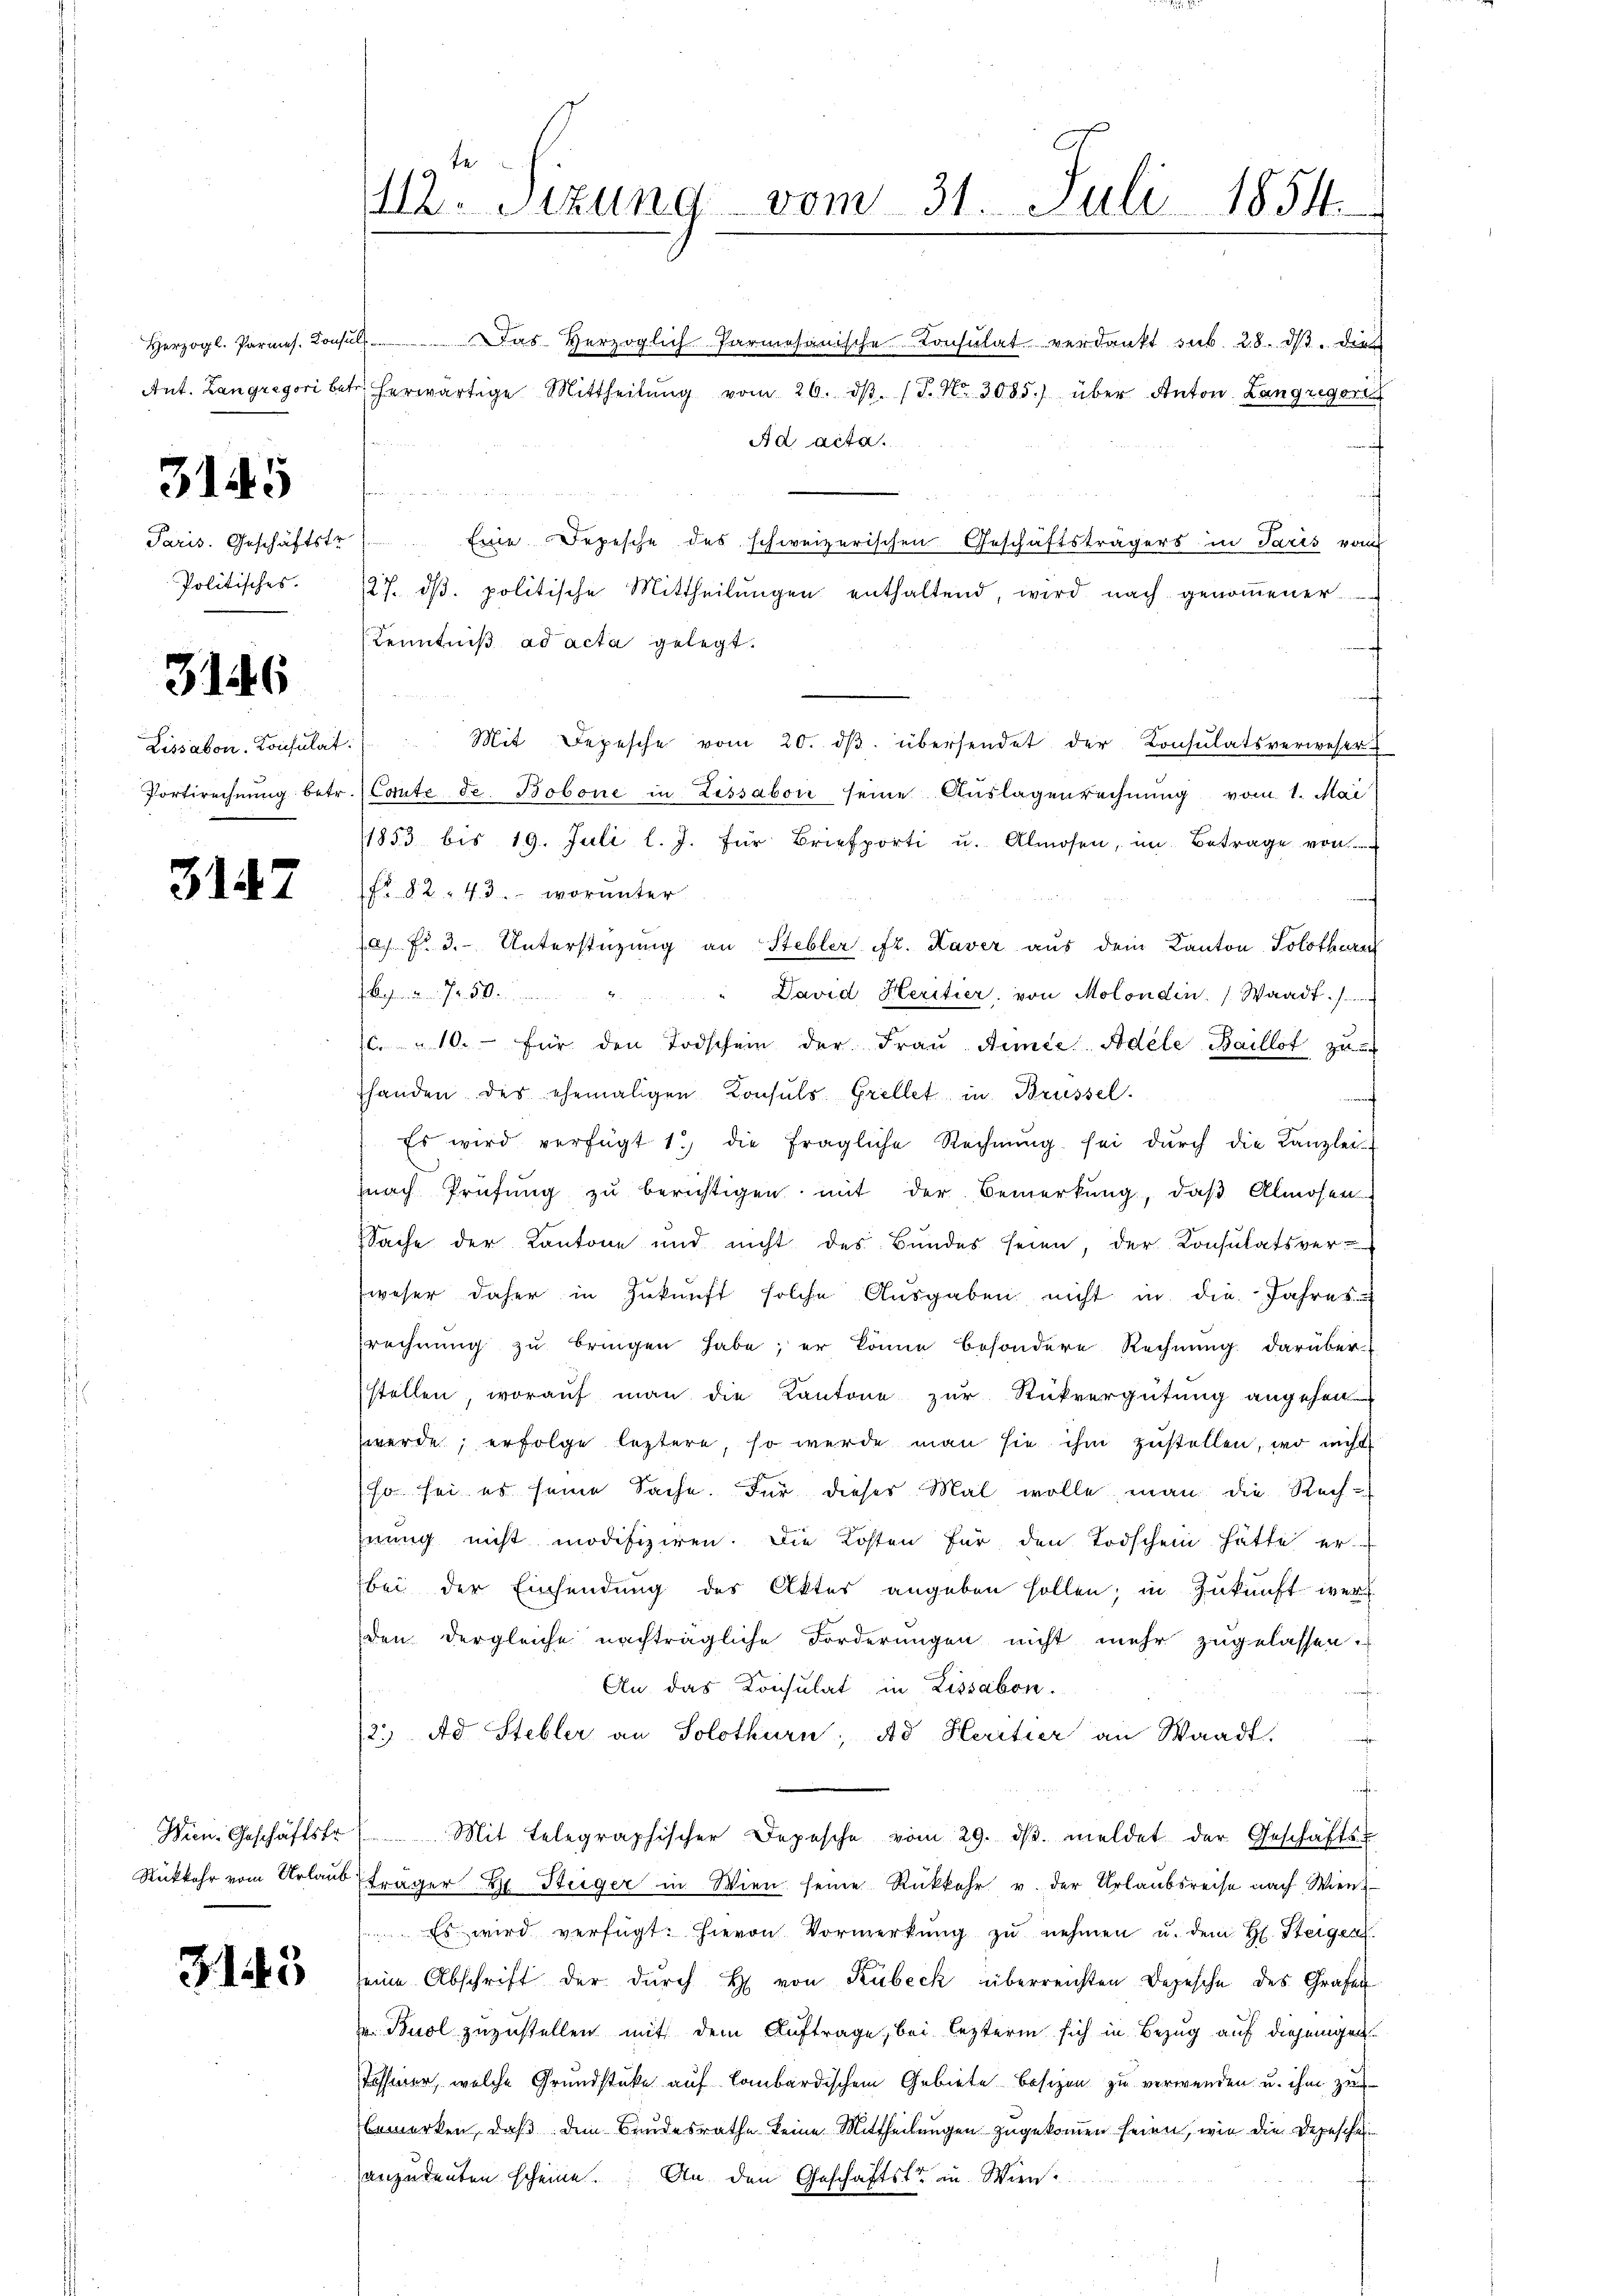
Herzogl. Parmes. Konsuls

3145

Politisches.

3146

Lissabon-Consulat

3147

Das Herzoglich-Parmesanische Consulat verdankt sub. 28. dβ. dies
Ant. Langregori betr. herwärtige Mittheilŭng vom 26. dβ. (T. Nr. 3085) über Anton Langregoris
Ad acta.
s
Paris. Geschäftstr Eine Depesche des schweizerischen Geschäftsträgers in Paris vom
27. dβ. politische Mittheilungen enthaltend, wird nach genommener
Kenntniß ad acta gelegt.
Mit Depesche vom 20. dβ übersendet der Konsulatsverweser
Portirechnung betr. (Coute de Bobone in Lissabon seine Auslagenrechnung vom 1. Mai
1853 bis 19. Juli l. J. für Briefporti u. Almosen, im Betrage von
No 82. 43. worunter
a. Fr. 3. Unterstüzung an Stebler Fr. Kaver aus dem Kanton Solothurn
Bachmiden 72. 50 an
David Heritier, von Molondin. Waadt ./.
c. " 10. für den Todschein der Fraŭ Aimte Adele Baillot zu
handen des ehemaligen Konsuls Grellet, in Brüssel.
Es wird verfügt 1. die fragliche Rechnŭng sei dŭrch die Kanzlei-
nach Prüfung zu berichtigen mit der Bemerkung, daß Almosen
Sache der Kantone und nicht des Bundes seien, der Konsulatsver-
weser daher in Zŭkŭnft solche Aŭsgaben nicht in die Jahres
srechnŭng zŭ bringen habe; er könne besondere Rechnŭng darüber-
stellen, worauf man die Kantone zur Rückvergütung angehen
werde, erfolge leztere, so werde man sie ihm zustellen, wo nicht
(so sei es seine Sache. Für dieses Mal wolle man die Rech-
hnung nicht modifiziren. Die Kosten für den Todschein hatte er
bei der Einsendung des Aktes angeben sollen; in Zukunft werd
den dergleiche nachträgliche Forderungen nicht mehr zugelassen.
An das Konsulat in Lissabon.
12. Ad Stebler an Solothurn, Ad Heritier an Waadt.
Wien. Geschäftstr. Mit telegraphischer Depesche vom 29. dβ. meldet der Geschäfts-
Rückkehr vom Urlaub fräger B. Steiger in Wien seine Rückkehr u. der Urlaubsreise nach Wien.
 Es wird verfügt: hievon Vormerkŭng zŭ nehmen u. dem H. Steigen.
seine Abschrift der durch H. von Kübeck überreichten Depesche des Grafen
 Buol zuzustellen mit dem Auftrage, bei lezterm sich in Bezug auf diejenigen
Tessiner, welche Grundstüke auf lombardischem Gebiete besizen zu verwenden u. ihm zu
bemerken, daß dem Bundesrathe keine Mittheilungen zugekommen seien, wie die Depeschen
anzudeuten scheine. An den Geschäftst in Wien-

31443

112. Sitzung vom 31. Juli 1854.